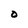
Character: 0